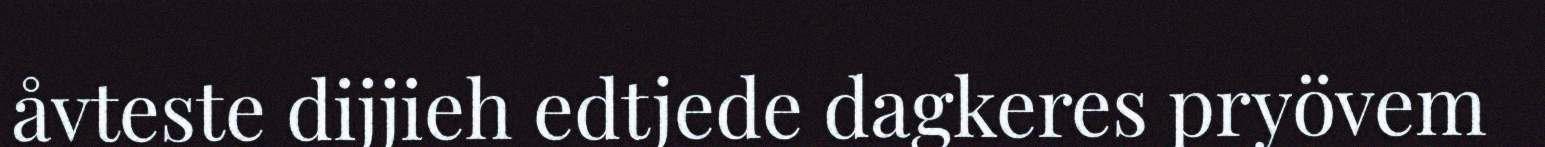
åvteste dijjieh edtjede dagkeres pryövem